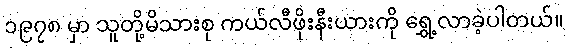
၁၉၇၈ မှာ သူတို့မိသားစု ကယ်လီဖိုးနီးယားကို ရွှေ့လာခဲ့ပါတယ်။